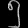
Digit: ၅